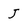
Character: j